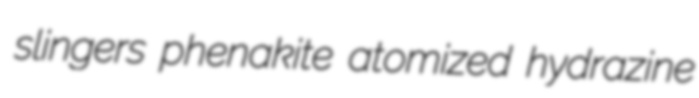
slingers phenakite atomized hydrazine